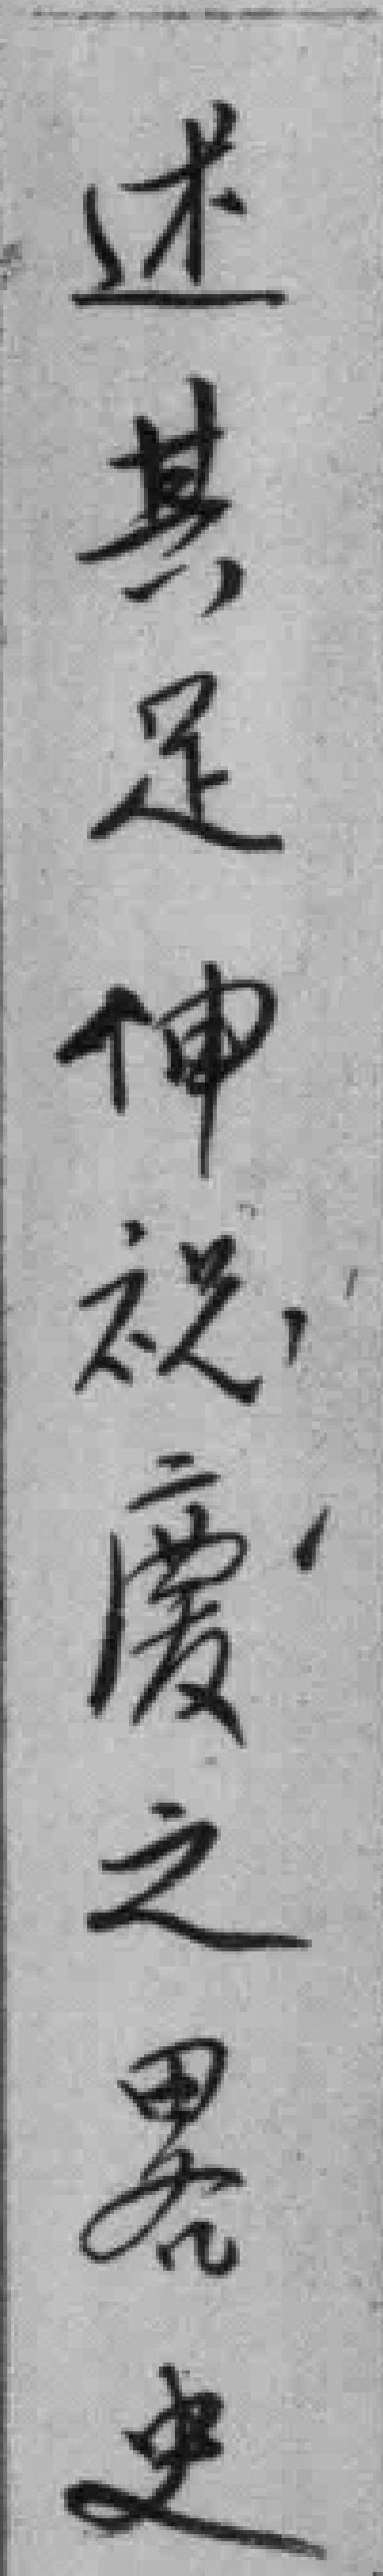
述其足伸祝慶之畧史